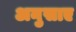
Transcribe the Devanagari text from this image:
अनुसाए